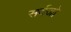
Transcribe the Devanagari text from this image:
सर्दजो